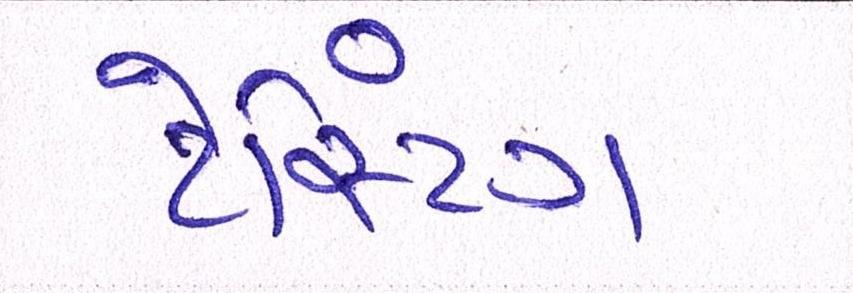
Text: ટેસ્ટિંગ